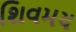
શિવમય